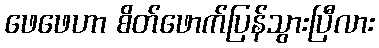
ဖေဖေဟာ စိတ်ဖောက်ပြန်သွားပြီလား